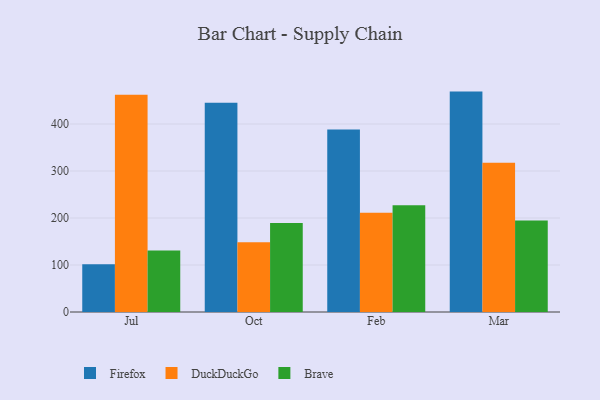
{"axis": {"x": "Month", "y": "Temperature (°C)"}, "legend": ["Brave", "DuckDuckGo", "Firefox"], "data": [{"x": "Jul", "y": 101.7, "type": "Firefox"}, {"x": "Jul", "y": 462.4, "type": "DuckDuckGo"}, {"x": "Jul", "y": 130.9, "type": "Brave"}, {"x": "Oct", "y": 445.5, "type": "Firefox"}, {"x": "Oct", "y": 148.2, "type": "DuckDuckGo"}, {"x": "Oct", "y": 189.3, "type": "Brave"}, {"x": "Feb", "y": 388.3, "type": "Firefox"}, {"x": "Feb", "y": 211.2, "type": "DuckDuckGo"}, {"x": "Feb", "y": 227.2, "type": "Brave"}, {"x": "Mar", "y": 469.0, "type": "Firefox"}, {"x": "Mar", "y": 317.6, "type": "DuckDuckGo"}, {"x": "Mar", "y": 194.9, "type": "Brave"}]}